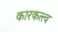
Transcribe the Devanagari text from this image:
कारकत्त्व